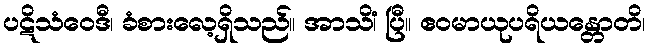
ပဋိသံဝေဒီ၊ ခံစားလေ့ရှိသည်။ အာသိံ၊ ပြီ။ ဧဝမာယုပရိယန္တောတိ၊